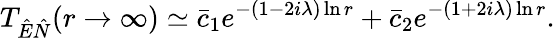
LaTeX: T_{\hat{E}\hat{N}}(r\rightarrow\infty)\simeq\bar{c}_{1}e^{-(1-2i\lambda)\ln r}+\bar{c}_{2}e^{-(1+2i\lambda)\ln r}.